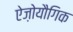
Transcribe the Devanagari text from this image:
ऐज़ोयौगिक